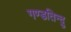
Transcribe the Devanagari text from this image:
गण्डतिन्दु